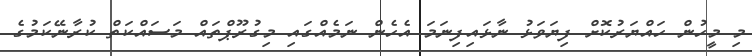
މި މީހުން ހައްޔަރުކޮށް ފިޔަވަޅު ނާޅައިފިނަމަ އެހެން ނަމެއްގައި މިގުރޫޕްތައް މަސައްކަތް ކުރާނޭކަމުގެ